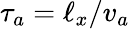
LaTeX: \tau_{a}=\ell_{x}/v_{a}